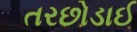
તરછોડાઈ